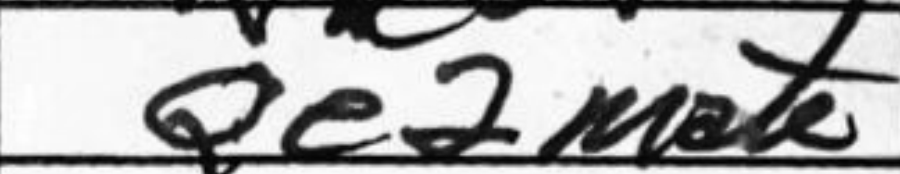
Transcription: Qe2